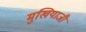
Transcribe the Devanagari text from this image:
मुखियाजी